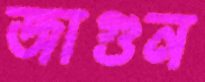
জাগুন